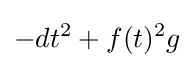
-dt^{2}+f(t)^{2}g